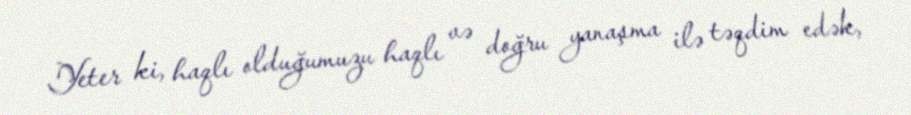
Yeter ki, haqlı olduğumuzu haqlı və doğru yanaşma ilə təqdim edək,